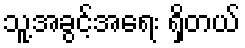
သူ့အခွင့်အရေး ရှိတယ်